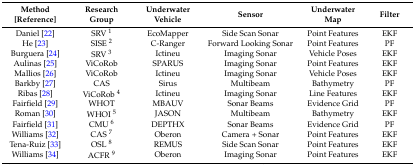
<table><thead><tr><td><b>Method [Reference]</b></td><td><b>Research Group</b></td><td><b>Underwater Vehicle</b></td><td><b>Sensor</b></td><td><b>Underwater Map</b></td><td><b>Filter</b></td></tr></thead><tbody><tr><td>Daniel [22]</td><td>SRV <sup>1</sup></td><td>EcoMapper</td><td>Side Scan Sonar</td><td>Point Features</td><td>EKF</td></tr><tr><td>He [23]</td><td>SISE <sup>2</sup></td><td>C-Ranger</td><td>Forward Looking Sonar</td><td>Point Features</td><td>PF</td></tr><tr><td>Burguera [24]</td><td>SRV <sup>3</sup></td><td>Ictineu</td><td>Imaging Sonar</td><td>Vehicle Poses</td><td>EKF</td></tr><tr><td>Aulinas [25]</td><td>ViCoRob</td><td>SPARUS</td><td>Imaging Sonar</td><td>Point Features</td><td>EKF</td></tr><tr><td>Mallios [26]</td><td>ViCoRob</td><td>Ictineu</td><td>Imaging Sonar</td><td>Vehicle Poses</td><td>EKF</td></tr><tr><td>Barkby [27]</td><td>CAS</td><td>Sirus</td><td>Multibeam</td><td>Bathymetry</td><td>PF</td></tr><tr><td>Ribas [28]</td><td>ViCoRob <sup>4</sup></td><td>Ictineu</td><td>Imaging Sonar</td><td>Line Features</td><td>EKF</td></tr><tr><td>Fairfield [29]</td><td>WHOT</td><td>MBAUV</td><td>Sonar Beams</td><td>Evidence Grid</td><td>PF</td></tr><tr><td>Roman [30]</td><td>WHOI <sup>5</sup></td><td>JASON</td><td>Multibeam</td><td>Bathymetry</td><td>EKF</td></tr><tr><td>Fairfield [31]</td><td>CMU <sup>6</sup></td><td>DEPTHX</td><td>Sonar Beams</td><td>Evidence Grid</td><td>PF</td></tr><tr><td>Williams [32]</td><td>CAS <sup>7</sup></td><td>Oberon</td><td>Camera + Sonar</td><td>Point Features</td><td>EKF</td></tr><tr><td>Tena-Ruiz [33]</td><td>OSL <sup>8</sup></td><td>REMUS</td><td>Side Scan Sonar</td><td>Point Features</td><td>EKF</td></tr><tr><td>Williams [34]</td><td>ACFR <sup>9</sup></td><td>Oberon</td><td>Imaging Sonar</td><td>Point Features</td><td>EKF</td></tr></tbody></table>